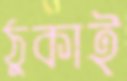
ঠুকাই